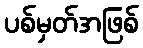
ပစ်မှတ်အဖြစ်